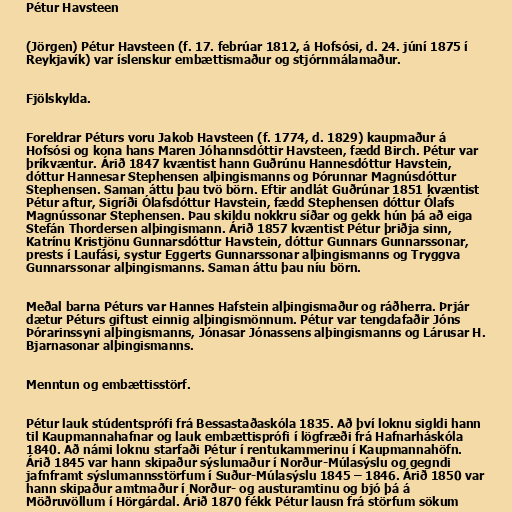
Pétur Havsteen

(Jörgen) Pétur Havsteen (f. 17. febrúar 1812, á Hofsósi, d. 24. júní 1875 í
Reykjavík) var íslenskur embættismaður og stjórnmálamaður.

Fjölskylda.

Foreldrar Péturs voru Jakob Havsteen (f. 1774, d. 1829) kaupmaður á
Hofsósi og kona hans Maren Jóhannsdóttir Havsteen, fædd Birch. Pétur var
þríkvæntur. Árið 1847 kvæntist hann Guðrúnu Hannesdóttur Havstein,
dóttur Hannesar Stephensen alþingismanns og Þórunnar Magnúsdóttur
Stephensen. Saman áttu þau tvö börn. Eftir andlát Guðrúnar 1851 kvæntist
Pétur aftur, Sigríði Ólafsdóttur Havstein, fædd Stephensen dóttur Ólafs
Magnússonar Stephensen. Þau skildu nokkru síðar og gekk hún þá að eiga
Stefán Thordersen alþingismann. Árið 1857 kvæntist Pétur þriðja sinn,
Katrínu Kristjönu Gunnarsdóttur Havstein, dóttur Gunnars Gunnarssonar,
prests í Laufási, systur Eggerts Gunnarssonar alþingismanns og Tryggva
Gunnarssonar alþingismanns. Saman áttu þau níu börn.

Meðal barna Péturs var Hannes Hafstein alþingismaður og ráðherra. Þrjár
dætur Péturs giftust einnig alþingismönnum. Pétur var tengdafaðir Jóns
Þórarinssyni alþingismanns, Jónasar Jónassens alþingismanns og Lárusar H.
Bjarnasonar alþingismanns.

Menntun og embættisstörf.

Pétur lauk stúdentsprófi frá Bessastaðaskóla 1835. Að því loknu sigldi hann
til Kaupmannahafnar og lauk embættisprófi í lögfræði frá Hafnarháskóla
1840. Að námi loknu starfaði Pétur í rentukammerinu í Kaupmannahöfn.
Árið 1845 var hann skipaður sýslumaður í Norður-Múlasýslu og gegndi
jafnframt sýslumannsstörfum í Suður-Múlasýslu 1845 – 1846. Árið 1850 var
hann skipaður amtmaður í Norður- og austuramtinu og bjó þá á
Möðruvöllum í Hörgárdal. Árið 1870 fékk Pétur lausn frá störfum sökum